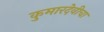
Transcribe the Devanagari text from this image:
कुमारदेवीचा